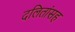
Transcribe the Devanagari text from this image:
दलितांसह